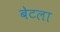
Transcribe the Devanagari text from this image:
बेटला